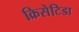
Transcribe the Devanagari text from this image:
क्रिसेटिडा